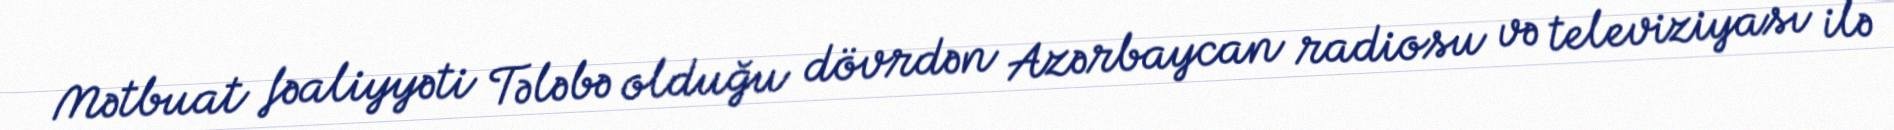
Mətbuat fəaliyyəti Tələbə olduğu dövrdən Azərbaycan radiosu və televiziyası ilə